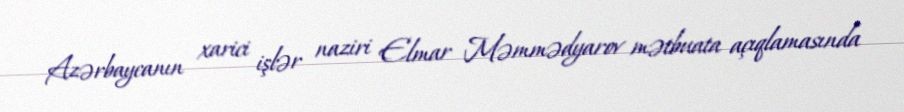
Azərbaycanın xarici işlər naziri Elmar Məmmədyarov mətbuata açıqlamasında